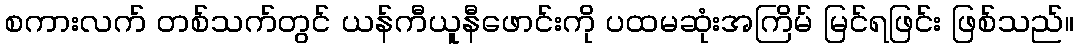
စကားလက် တစ်သက်တွင် ယန်ကီယူနီဖောင်းကို ပထမဆုံးအကြိမ် မြင်ရဖြင်း ဖြစ်သည်။